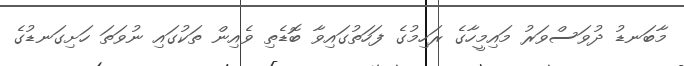
މާބަނޑު ދުވަސްވަރު މައިމީހާގެ ރަހިމުގެ ފަހަތުގައިވާ ބޮޑެތި ވެއިން ތަކުގައި ނުވަތަ ހަށިގަނޑުގެ